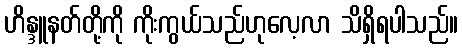
ဟိန္ဒူနတ်တို့ကို ကိုးကွယ်သည်ဟုလေ့လာ သိရှိရပါသည်။